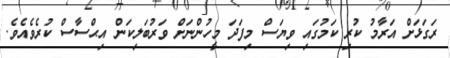
ރަގަޅަށް އަރާމު ކުރި ކަމުގައި ވިޔަސް މިފަދަ މީހުންނަށް ވަރުބަލިކަން އިޙްސާސް ކުރެވެއެވެ.